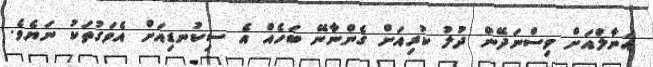
އަނާލްއަށް ވިސްނަދޭން ދުލު ކުރިއަށް ގެންނާނޭ ބަހެއް އެ ސިކުނޑިއަށް އެވަގުތަކު ނަޔެވެ.